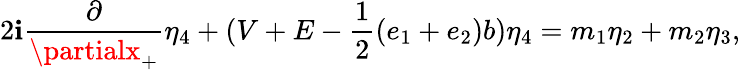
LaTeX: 2\mathbf{i}\frac{{\partial}}{{\partialx_{+}}}{\eta}_{4}+(V+E-\frac{{1}}{{2}}(e_{1}+e_{2})b){\eta}_{4}=m_{1}{\eta}_{2}+m_{2}{\eta}_{3},